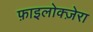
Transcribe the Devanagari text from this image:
फ़ाइलोक्ज़ेरा